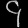
Digit: ၄